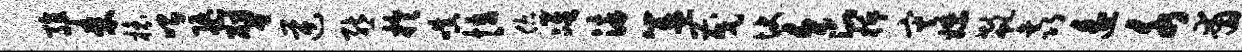
殖耒榱喟隳譬逆熊於嗔怯您准染簋茂快食柝灾嫖欷鑫遥水甫